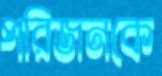
পরিজনকে